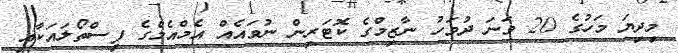
މިދިޔަ މަހުގެ 20 ވަނަ ދުވަހު ނާޒިމްގެ ކޮޓަރިން ނުވައެއް އެމްއެމްގެ ފިސްތޯލައަކާއި